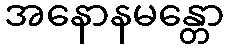
အနောနမန္တော